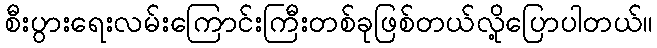
စီးပွားရေးလမ်းကြောင်းကြီးတစ်ခုဖြစ်တယ်လို့ပြောပါတယ်။